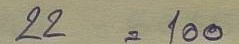
22 = 100